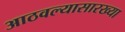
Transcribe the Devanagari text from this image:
आठवल्यासारख्या